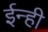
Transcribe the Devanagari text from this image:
ईन्ही